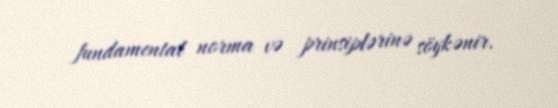
fundamental norma və prinsiplərinə söykənir.